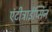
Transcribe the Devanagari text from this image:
एंटीट्राईप्सिन